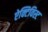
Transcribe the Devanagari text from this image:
ऐक्टिविस्ट